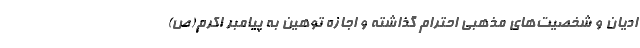
ادیان و شخصیت‌های مذهبی احترام گذاشته و اجازه توهین به پیامبر اکرم(ص)